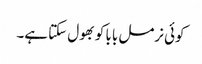
کوئی نرمل بابا کو بھول سکتا ہے۔